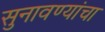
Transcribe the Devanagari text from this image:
सुनावण्यांचा